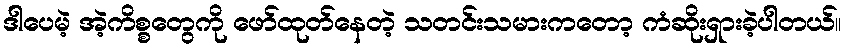
ဒါပေမဲ့ အဲ့ကိစ္စတွေကို ဖော်ထုတ်နေတဲ့ သတင်းသမားကတော့ ကံဆိုးရှားခဲ့ပါတယ်။